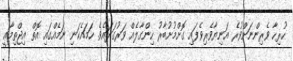
ހުރިހާ ވެރިންނަށްވުރެ އަނިޔާވެރިވެފައި ގޮށްމުށުބާރު ހިންގާލެއް ވަރުގަދައެވެ. ހަމައެކަނި ނަމެއްގައި އޮތް އިޖްތިމާޢީ